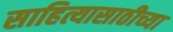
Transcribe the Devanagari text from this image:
साहित्यासाठीच्या